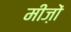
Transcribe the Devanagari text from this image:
मीज़ों